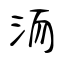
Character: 洏